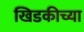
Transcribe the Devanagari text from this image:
खिडकीच्या